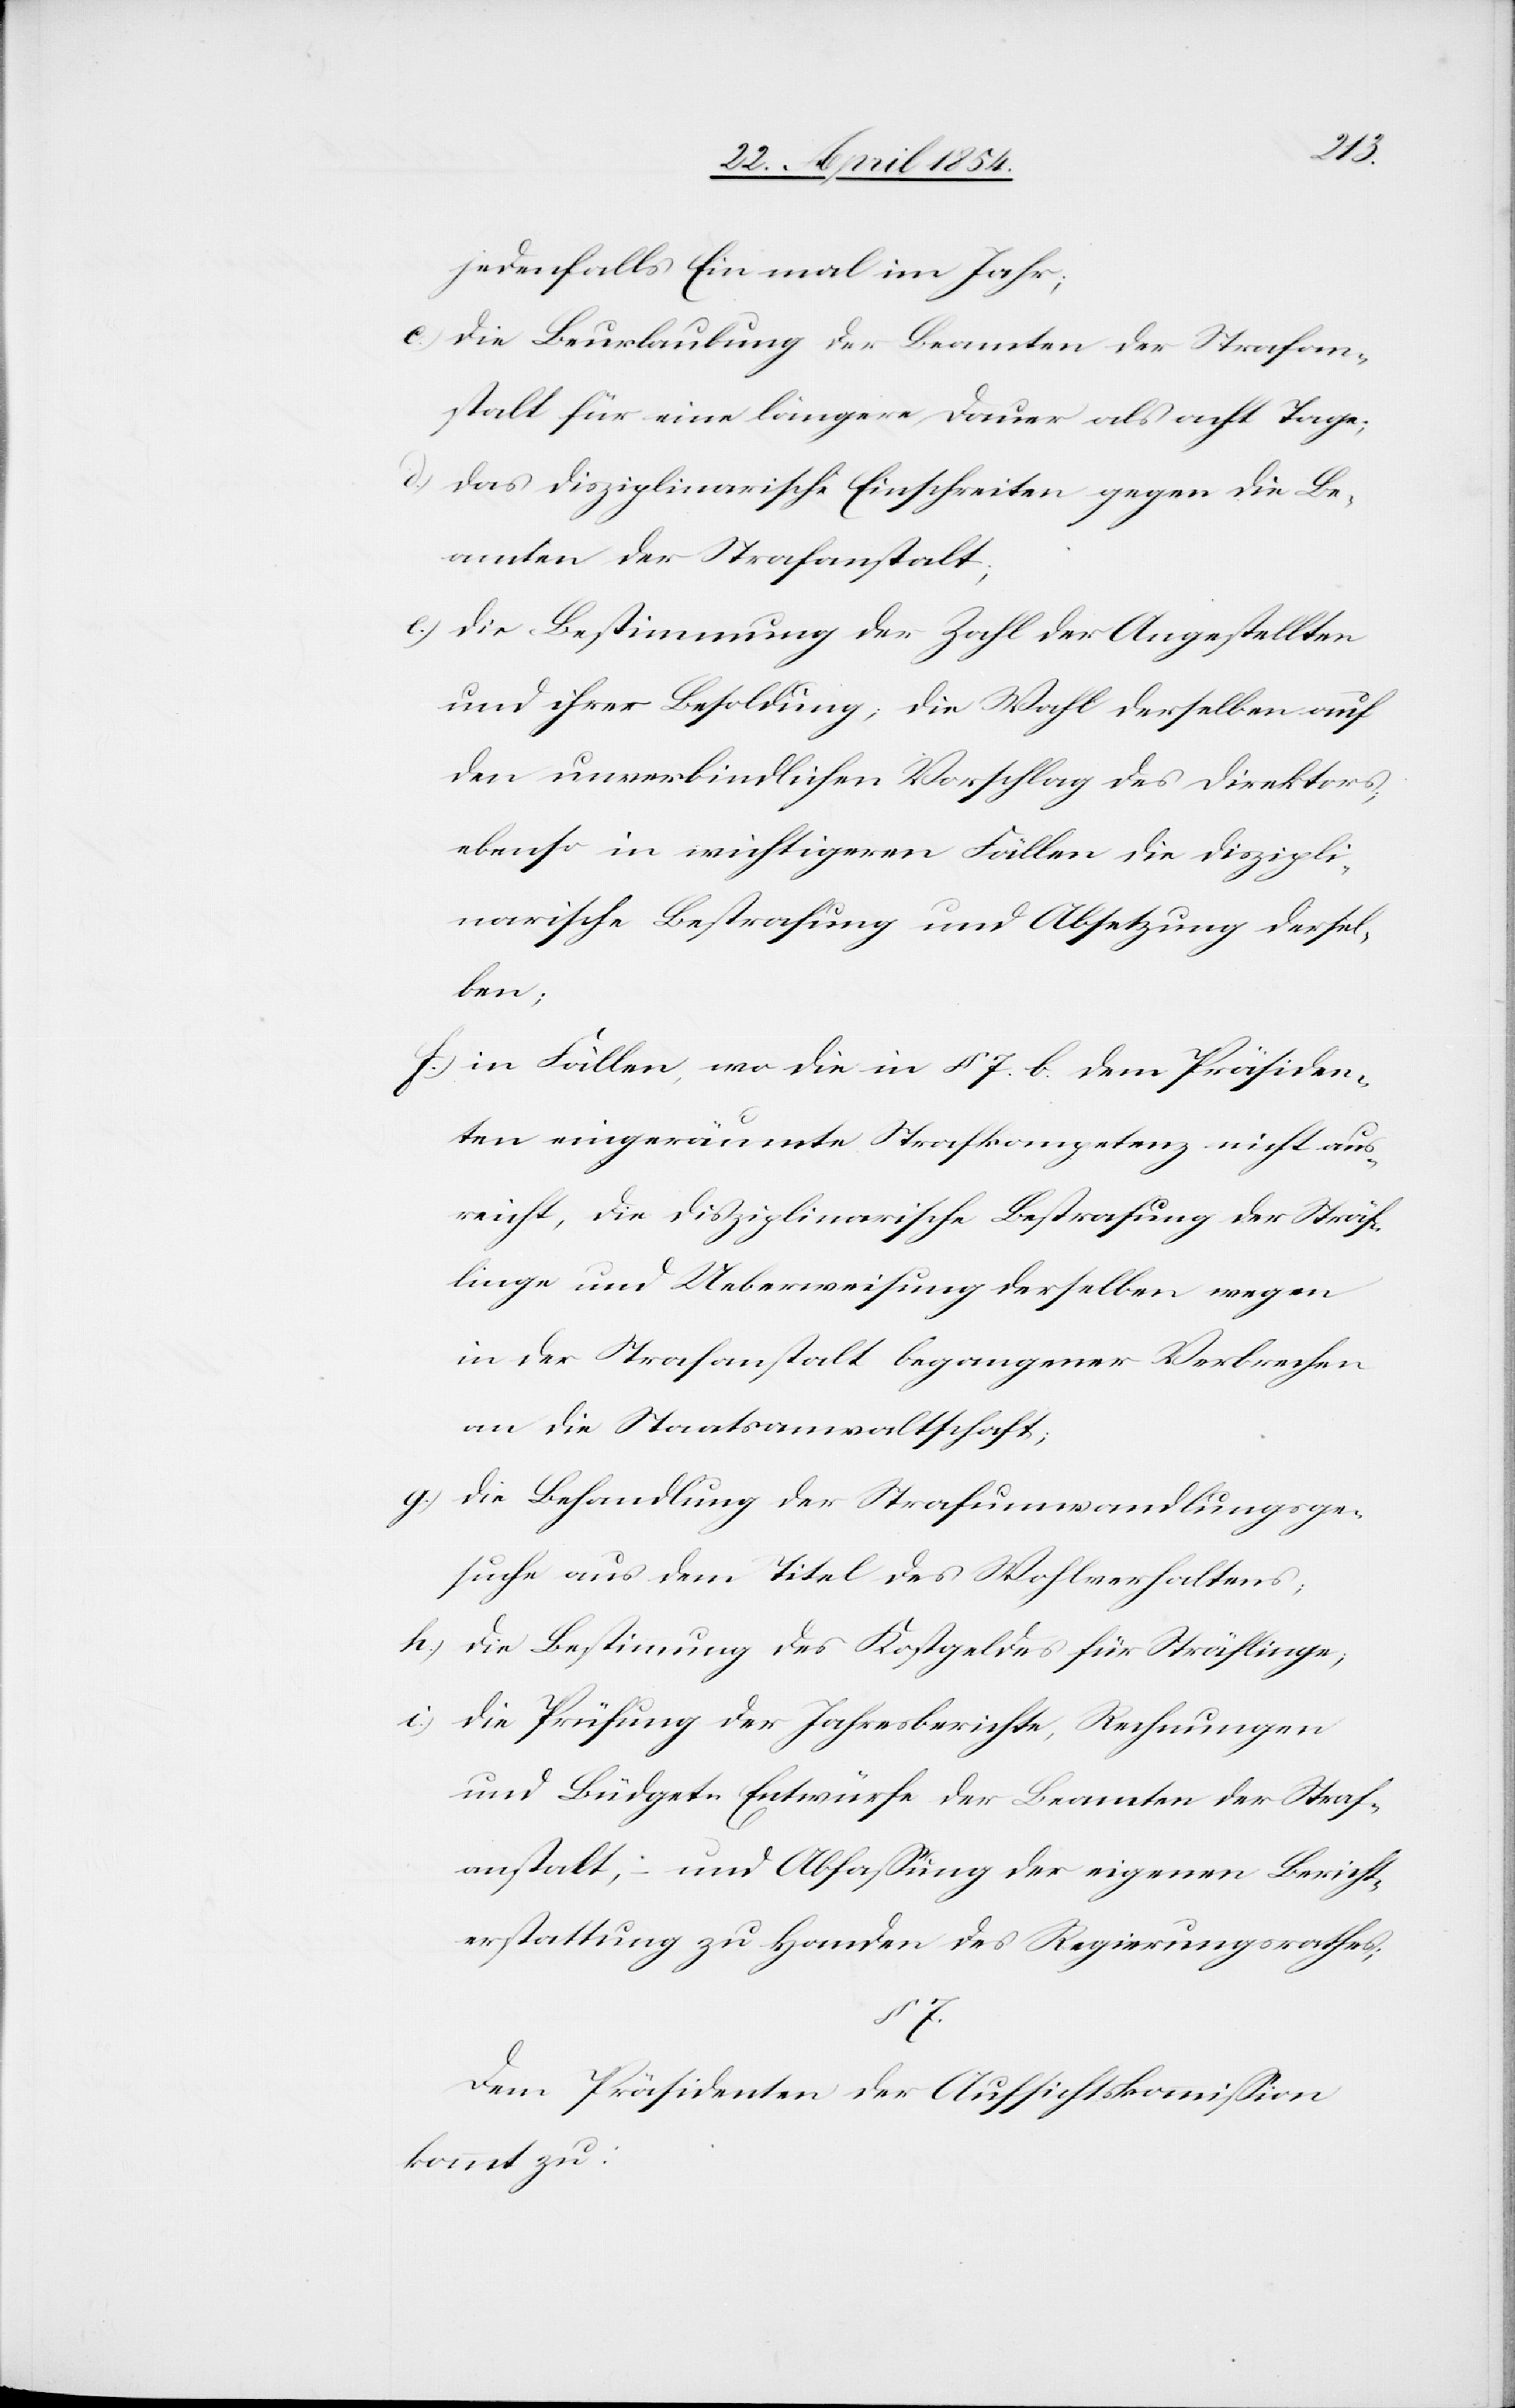
jedenfalls Ein mal im Jahr;
c.) Die Beurlaubung der Beamten der Strafan¬
stalt für eine längere Dauer als acht Tage;
d.) Das disziplinarische Einschreiten gegen die Be¬
amten der Strafanstalt.
e.) Die Bestimmung der Zahl der Angestellten
und ihrer Besoldung; die Wahl derselben auf
den unverbindlichen Vorschlag des Direktors;
ebenso in wichtigeren Fällen die diszipli¬
narische Bestrafung und Absetzung dersel¬
ben;
f.) In Fällen, wo die in § 7. b. dem Präsiden¬
ten eingeräumte Strafkompetenz nicht aus¬
reicht, die disziplinarische Bestrafung der Sträf¬
linge und Ueberweisung derselben wegen
in der Strafanstalt begangener Verbrechen
an die Staatsanwaltschaft;
g.) Die Behandlung der Strafumwandlungsge¬
suche aus dem Titel des Wohlverhaltens;
h.) Die Bestimmung des Kostgeldes für Sträflinge;
i.) Die Prüfung der Jahresberichte, Rechnung
und Büdget-Entwürfe der Beamten der Straf¬
anstalt; – und Abfaßung der eigenen Bericht¬
erstattung zu Handen des Regierungsrathes;
7.
Dem Präsidenten der Aufsichtskommißion
kommt zu: